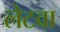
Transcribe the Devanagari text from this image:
लेटवा